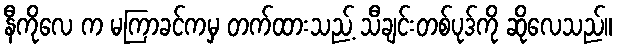
နီကိုလေ က မကြာခင်ကမှ တက်ထားသည့် သီချင်းတစ်ပုဒ်ကို ဆိုလေသည်။